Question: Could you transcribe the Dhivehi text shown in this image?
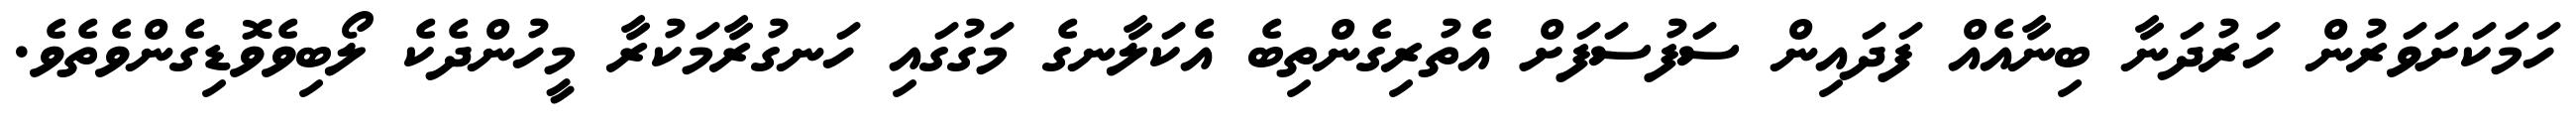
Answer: ހަމަކަށަވަރުން ހަރުދަނާ ބިނާއެއް ފަދައިން ސަފުސަފަށް އެތުރިގެންތިބެ އެކަލާނގެ މަގުގައި ހަނގުރާމަކުރާ މީހުންދެކެ ލޯބިވެވޮޑިގެންވެތެވެ.